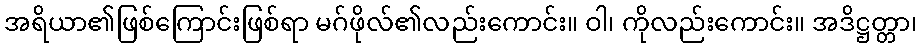
အရိယာ၏ဖြစ်ကြောင်းဖြစ်ရာ မဂ်ဖိုလ်၏လည်းကောင်း။ ဝါ၊ ကိုလည်းကောင်း။ အဒိဋ္ဌတ္တာ၊